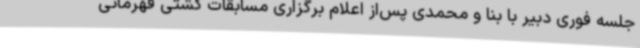
جلسه فوری دبیر با بنا و محمدی پس‌از اعلام برگزاری مسابقات کشتی قهرمانی